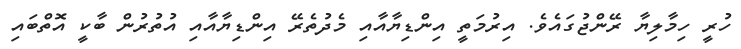
ހުރީ ހިމާލިޔާ ރޭންޖުގައެވެ. އިރުމަތީ އިންޑިޔާއާއި މެދުތެރޭ އިންޑިޔާއާއި އުތުރުން ބާކީ އޮތްބައި